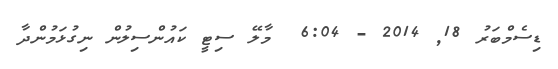
ޑިސެމްބަރު 18